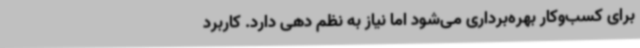
برای کسب‌وکار بهره‌برداری می‌شود اما نیاز به نظم دهی دارد. کاربرد